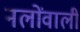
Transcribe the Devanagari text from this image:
नलोंवाली